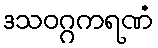
ဒသဝဂ္ဂကရဏံ